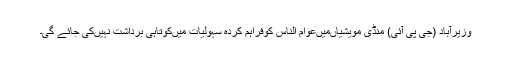
وزیرآباد (جی پی آئی) منڈی مویشیاںمیںعوام الناس کوفراہم کردہ سہولیات میںکوتاہی برداشت نہیںکی جائے گی۔